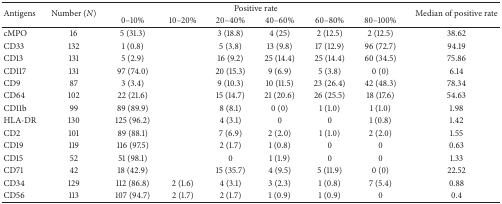
<table><thead><tr><td rowspan="2"><b>Antigens</b></td><td rowspan="2"><b>Number (<i>N</i>)</b></td><td colspan="6"><b>Positive rate</b></td><td rowspan="2"><b>Median of positive rate</b></td></tr><tr><td><b>0–10%</b></td><td><b>10–20%</b></td><td><b>20–40%</b></td><td><b>40–60%</b></td><td><b>60–80%</b></td><td><b>80–100%</b></td></tr></thead><tbody><tr><td>cMPO</td><td>16</td><td>5 (31.3)</td><td> </td><td>3 (18.8)</td><td>4 (25)</td><td>2 (12.5)</td><td>2 (12.5)</td><td>38.62</td></tr><tr><td>CD33</td><td>132</td><td>1 (0.8)</td><td> </td><td>5 (3.8)</td><td>13 (9.8)</td><td>17 (12.9)</td><td>96 (72.7)</td><td>94.19</td></tr><tr><td>CD13</td><td>131</td><td>5 (2.9)</td><td> </td><td>16 (9.2)</td><td>25 (14.4)</td><td>25 (14.4)</td><td>60 (34.5)</td><td>75.86</td></tr><tr><td>CD117</td><td>131</td><td>97 (74.0)</td><td> </td><td>20 (15.3)</td><td>9 (6.9)</td><td>5 (3.8)</td><td>0 (0)</td><td>6.14</td></tr><tr><td>CD9</td><td>87</td><td>3 (3.4)</td><td> </td><td>9 (10.3)</td><td>10 (11.5)</td><td>23 (26.4)</td><td>42 (48.3)</td><td>78.34</td></tr><tr><td>CD64</td><td>102</td><td>22 (21.6)</td><td> </td><td>15 (14.7)</td><td>21 (20.6)</td><td>26 (25.5)</td><td>18 (17.6)</td><td>54.63</td></tr><tr><td>CD11b</td><td>99</td><td>89 (89.9)</td><td> </td><td>8 (8.1)</td><td>0 (0)</td><td>1 (1.0)</td><td>1 (1.0)</td><td>1.98</td></tr><tr><td>HLA-DR</td><td>130</td><td>125 (96.2)</td><td> </td><td>4 (3.1)</td><td>0</td><td>0</td><td>1 (0.8)</td><td>1.42</td></tr><tr><td>CD2</td><td>101</td><td>89 (88.1)</td><td> </td><td>7 (6.9)</td><td>2 (2.0)</td><td>1 (1.0)</td><td>2 (2.0)</td><td>1.55</td></tr><tr><td>CD19</td><td>119</td><td>116 (97.5)</td><td> </td><td>2 (1.7)</td><td>1 (0.8)</td><td>0</td><td>0</td><td>0.63</td></tr><tr><td>CD15</td><td>52</td><td>51 (98.1)</td><td> </td><td>0</td><td>1 (1.9)</td><td>0</td><td>0</td><td>1.33</td></tr><tr><td>CD71</td><td>42</td><td>18 (42.9)</td><td> </td><td>15 (35.7)</td><td>4 (9.5)</td><td>5 (11.9)</td><td>0 (0)</td><td>22.52</td></tr><tr><td>CD34</td><td>129</td><td>112 (86.8)</td><td>2 (1.6)</td><td>4 (3.1)</td><td>3 (2.3)</td><td>1 (0.8)</td><td>7 (5.4)</td><td>0.88</td></tr><tr><td>CD56</td><td>113</td><td>107 (94.7)</td><td>2 (1.7)</td><td>2 (1.7)</td><td>1 (0.9)</td><td>1 (0.9)</td><td>0</td><td>0.4</td></tr></tbody></table>